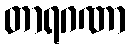
တာရဂဏာ